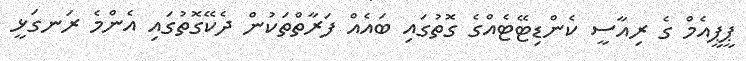
ޕީޕީއެމް ގެ ރިއާސީ ކެންޑިޓޭޓެއްގެ ގޮތުގައި ބައެއް ފަރާތްތަކުން ދެކޭގޮތުގައި އެންމެ ރަނގަޅީ